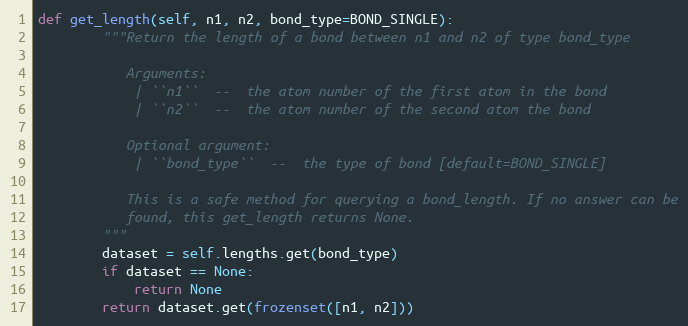
Language: Python
def get_length(self, n1, n2, bond_type=BOND_SINGLE):
        """Return the length of a bond between n1 and n2 of type bond_type

           Arguments:
            | ``n1``  --  the atom number of the first atom in the bond
            | ``n2``  --  the atom number of the second atom the bond

           Optional argument:
            | ``bond_type``  --  the type of bond [default=BOND_SINGLE]

           This is a safe method for querying a bond_length. If no answer can be
           found, this get_length returns None.
        """
        dataset = self.lengths.get(bond_type)
        if dataset == None:
            return None
        return dataset.get(frozenset([n1, n2]))